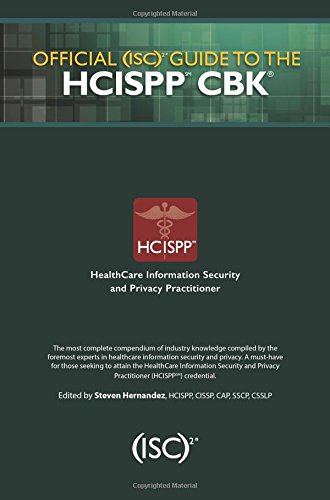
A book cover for Official (ISC)2 Guide to the HCISPP CBK ((ISC)2 Press); Computers & Technology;